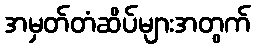
အမှတ်တံဆိပ်များအတွက်